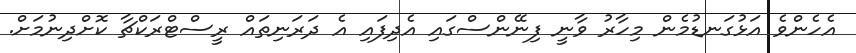
އެހެންވެ އަޅުގަނޑުމެން މިހާރު ވާނީ ފިނޭންސްގައި އެދިފައި އެ ދަރަނިތައް ރީސްޓްރަކްޗާ ކޮށްދިނުމަށް.